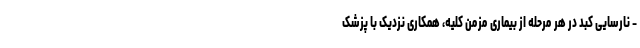
- نارسایی کبد در هر مرحله از بیماری مزمن کلیه، همکاری نزدیک با پزشک